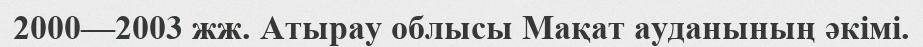
2000—2003 жж. Атырау облысы Мақат ауданының әкімі.